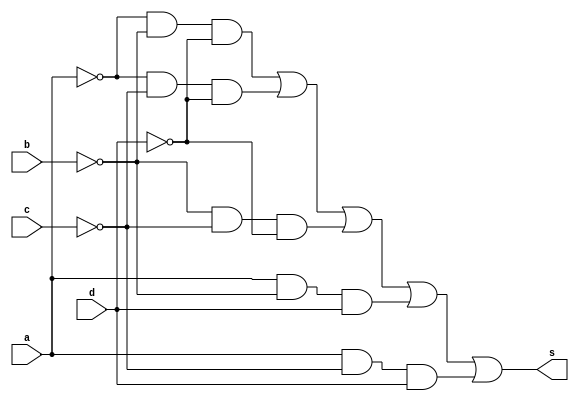
//----------------------------------
//Exercicio02_Guia08
//Nome: Marcos Felipe Martins Silva
//----------------------------------

//-- Simplificao f(a,b,c,d)= SoP(0,2,4,8,9,11,13)

module simplifica (s, a, b, c, d);
input a, b, c, d;
output s;

not NOT0 ( s1, a );
not NOT1 ( s2, b );
not NOT2 ( s3, c );
not NOT3 ( s4, d );
and AND0 ( s5, s1, s2, s4 );
and AND1 ( s6, s1, s3, s4 );
and AND2 ( s7, s2, s3, s4 );
and AND3 ( s8, a, s2, d );
and AND4 ( s9, a, s3, d );
or  OR1  ( s, s5, s6, s7, s8, s9 );

endmodule // simplifica

//--teste

module testesimplifica;
reg a, b, c, d;
wire s;

simplifica S0 (s, a, b, c, d);

initial begin
      $display("Exercicio02_Guia08 - Marcos Felipe Martins Silva - 415719");
      $display("Test Quine-McCluskey");
      $display("\n a  b  c  d  =  s\n");
        
		$monitor(" %b %b %b %b  = %b", a, b, c, d, s);
	  
       a=0; b=0; c=0; d=0;
#1     a=0; b=0; c=0; d=1;
#1     a=0; b=0; c=1; d=0;
#1     a=0; b=0; c=1; d=1;
#1     a=0; b=1; c=0; d=0;
#1     a=0; b=1; c=0; d=1;
#1     a=0; b=1; c=1; d=0;
#1     a=0; b=1; c=1; d=1;
#1     a=1; b=0; c=0; d=0;
#1     a=1; b=0; c=0; d=1;
#1     a=1; b=0; c=1; d=0;
#1     a=1; b=0; c=1; d=1;
#1     a=1; b=1; c=0; d=0;
#1     a=1; b=1; c=0; d=1;
#1     a=1; b=1; c=1; d=0;
#1     a=1; b=1; c=1; d=1;

			end

endmodule // testsimplificar